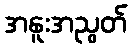
အနူးအညွတ်